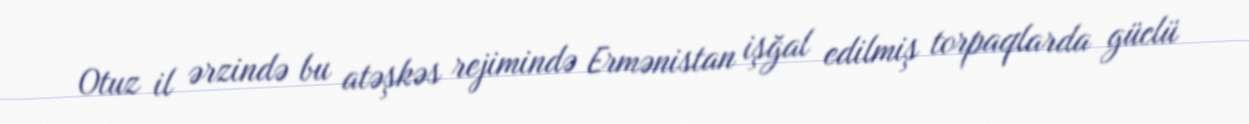
Otuz il ərzində bu atəşkəs rejimində Ermənistan işğal edilmiş torpaqlarda güclü